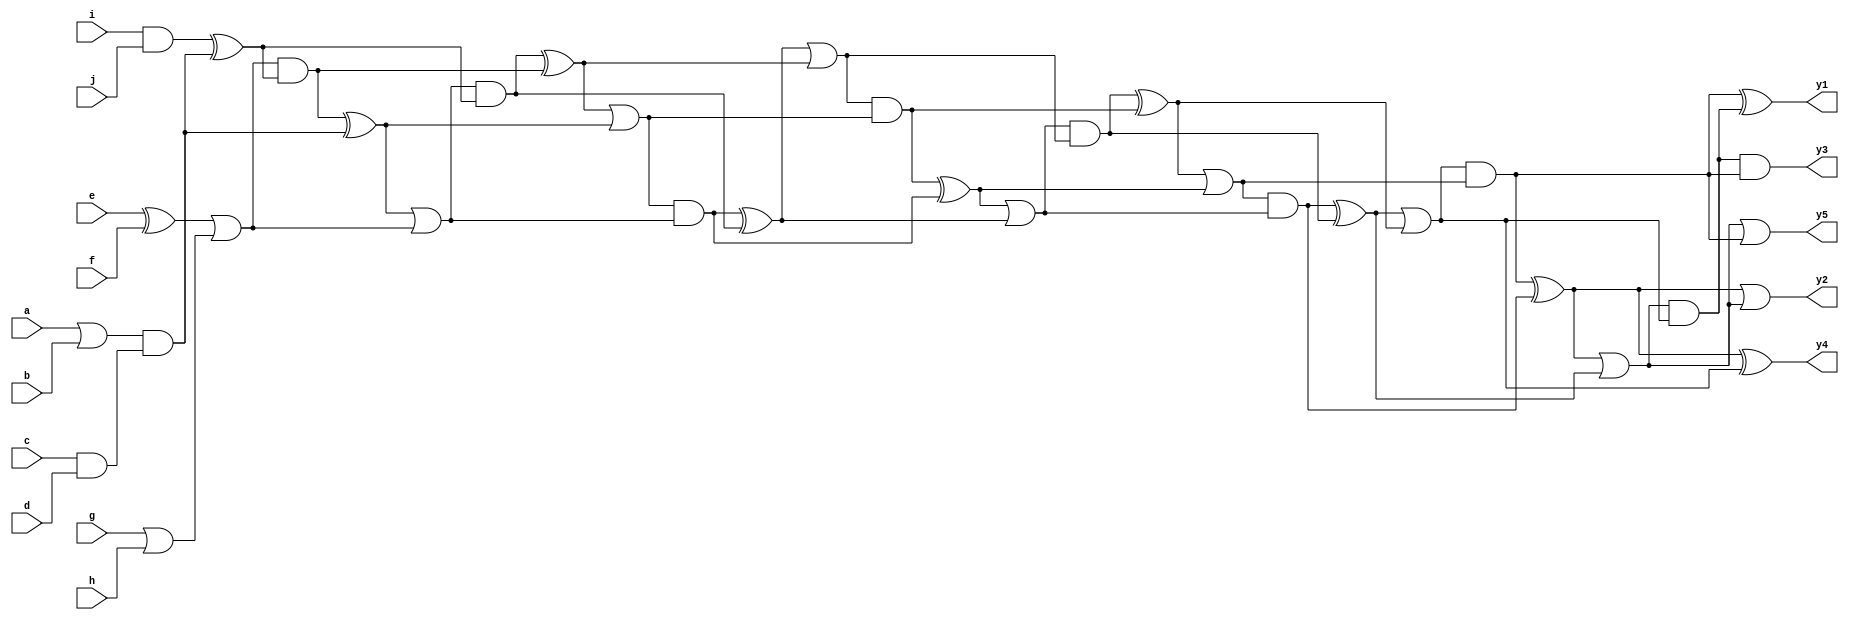
module case8 (a,b,c,d,e,f,g,h,i,j,y1,y2,y3,y4,y5);

    input a;
    input b;
    input c;
    input d;
    input e;
    input f;
    input g;
    input h;
    input i;
    input j;
    output y1;
    output y2;
    output y3;
    output y4;
    output y5;


    wire n1, n2, n3, n4, n5, n6, n7, n8, n9, n10, n11, n12, n13, n14, n15, n16, n17, n18, n19, n20, n21, n22, n23, n24, n25, n26, n27, n28, n29, n30;

    assign n1 = a | b;
    assign n2 = c & d;
    assign n3 = e ^ f;
    assign n4 = g | h;
    assign n5 = i & j;
    assign n6 = n1 & n2;
    assign n7 = n3 | n4;
    assign n8 = n5 ^ n6;
    assign n9 = n7 & n8;
    assign n10 = n9 ^ n6;
    assign n11 = n10 | n7;
    assign n12 = n11 & n8;
    assign n13 = n12 ^ n9;
    assign n14 = n13 | n10;
    assign n15 = n14 & n11;
    assign n16 = n15 ^ n12;
    assign n17 = n16 | n13;
    assign n18 = n17 & n14;
    assign n19 = n18 ^ n15;
    assign n20 = n19 | n16;
    assign n21 = n20 & n17;
    assign n22 = n21 ^ n18;
    assign n23 = n22 | n19;
    assign n24 = n23 & n20;
    assign n25 = n24 ^ n21;
    assign n26 = n25 | n22;
    assign n27 = n26 & n23;
    assign n28 = n27 ^ n24;
    assign n29 = n28 | n25;
    assign n30 = n29 & n26;

    assign y1 = n27 ^ n30;
    assign y2 = n28 | n29;
    assign y3 = n30 & n27;
    assign y4 = n28 ^ n26;
    assign y5 = n29 | n27;

endmodule